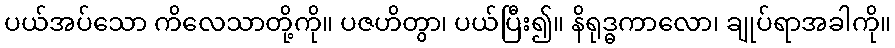
ပယ်အပ်သော ကိလေသာတို့ကို။ ပဇဟိတွာ၊ ပယ်ပြီး၍။ နိရုဒ္ဓကာလော၊ ချုပ်ရာအခါကို။